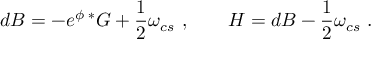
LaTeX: d B = - e ^ { \phi } { \, } { ^ * G } + \frac { 1 } { 2 } \omega _ { c s } \ , \qquad H = d B - \frac { 1 } { 2 } \omega _ { c s } \ .